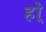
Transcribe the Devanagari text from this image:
हो्